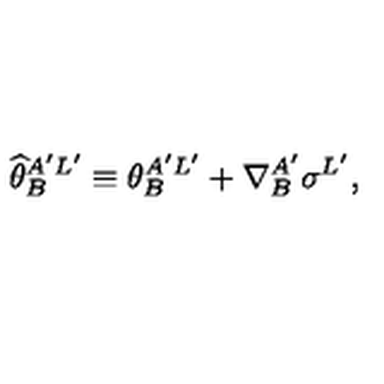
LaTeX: { \widehat \theta } _ { B } ^ { A ^ { \prime } L ^ { \prime } } \equiv \theta _ { B } ^ { A ^ { \prime } L ^ { \prime } } + \nabla _ { B } ^ { A ^ { \prime } } \sigma ^ { L ^ { \prime } } ,